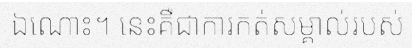
ឯណោះ។ នេះគឺជាការកត់សម្គាល់របស់